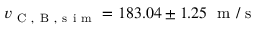
v _ { \mathrm { ~ C ~ } , \mathrm { ~ B ~ } , \mathrm { ~ s ~ i ~ m ~ } } = 1 8 3 . 0 4 \pm 1 . 2 5 \; \mathrm { ~ m ~ } / \mathrm { ~ s ~ }